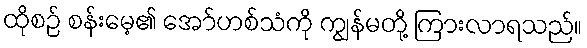
ထိုစဉ် စန်းမေ့၏ အော်ဟစ်သံကို ကျွန်မတို့ ကြားလာရသည်။